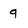
Character: 9